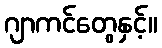
ဂျာကင်တွေနှင့်။